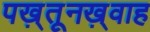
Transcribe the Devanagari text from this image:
पख़्तूनख़्वाह